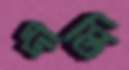
দীপ্তি